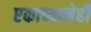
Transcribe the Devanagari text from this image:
एकाच्यानेही